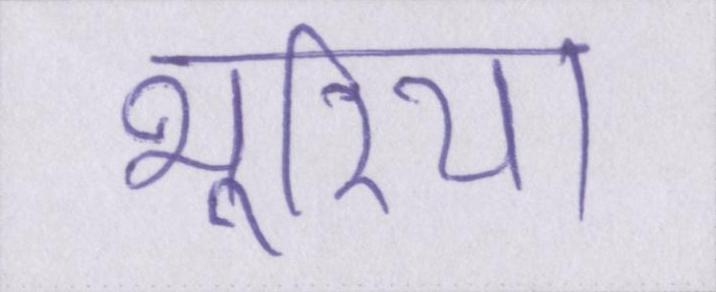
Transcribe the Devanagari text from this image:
भूरिया